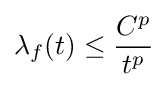
\lambda _{f}(t)\leq {\frac {C^{p}}{t^{p}}}